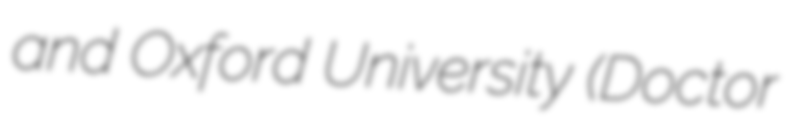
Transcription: and Oxford University (Doctor